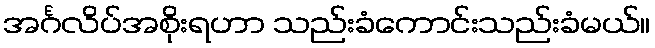
အင်္ဂလိပ်အစိုးရဟာ သည်းခံကောင်းသည်းခံမယ်။